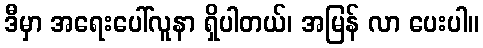
ဒီမှာ အရေးပေါ်လူနာ ရှိပါတယ်၊ အမြန် လာ ပေးပါ။